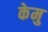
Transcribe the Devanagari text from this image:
केमु